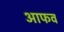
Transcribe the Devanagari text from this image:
आफव